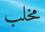
مخلب